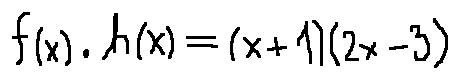
f ( x ) \cdot h ( x ) = ( x + 1 ) ( 2 x - 3 )